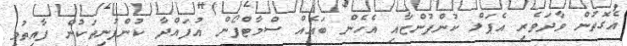
އެގޮތުން ވާދަވެރި އެޕަލް ކުންފުންޏާއި އެހެން ބައެއް ސްމާޓްފޯން އުފައްދާ ކުންފުނިތަކުން ފާއިތުވި